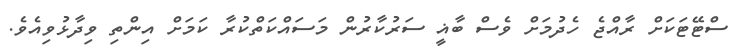
ސްޓޭޓަކަށް ރާއްޖެ ހެދުމަށް ވެސް ބާޣީ ސަރުކާރުން މަސައްކަތްކުރާ ކަމަށް އިންތި ވިދާޅުވިއެވެ.